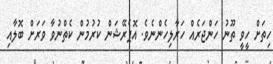
ހިތަށް ހީވީ ތޫނު ހަންޖަރެއް ހަރާލިހެންނެވެ. އޮޕެރޭޝަން ކުރުމުން ކެތްނުވާ ވަރަށް ބޮލާއި